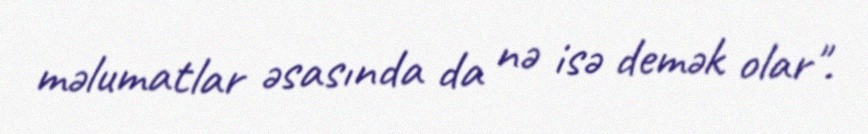
məlumatlar əsasında da nə isə demək olar".